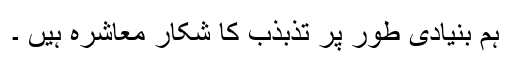
ہم بنیادی طور پر تذبذب کا شکار معاشرہ ہیں ۔